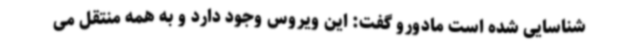
شناسایی شده است مادورو گفت: این ویروس وجود دارد و به همه منتقل می